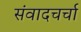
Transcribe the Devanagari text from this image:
संवादचर्चा